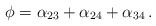
\begin{align*}\phi = \alpha_{23} + \alpha_{24} + \alpha_{34}\,.\end{align*}